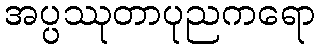
အပ္ပဿုတာပုညကရော